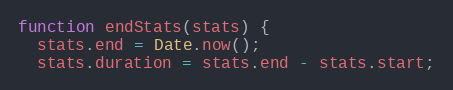
Language: JavaScript
function endStats(stats) {
  stats.end = Date.now();
  stats.duration = stats.end - stats.start;